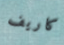
كاريف